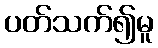
ပတ်သက်၍မူ